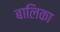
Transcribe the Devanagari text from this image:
बालिका